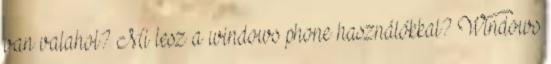
van valahol? Mi lesz a windows phone használókkal? Windows